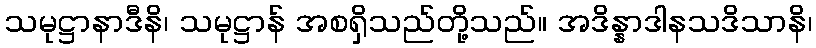
သမုဋ္ဌာနာဒီနိ၊ သမုဋ္ဌာန် အစရှိသည်တို့သည်။ အဒိန္နာဒါနသဒိသာနိ၊